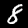
Digit: 8